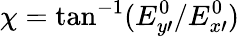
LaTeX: \chi=\tan^{-1}(E_{y\prime}^{0}/E_{x\prime}^{0})